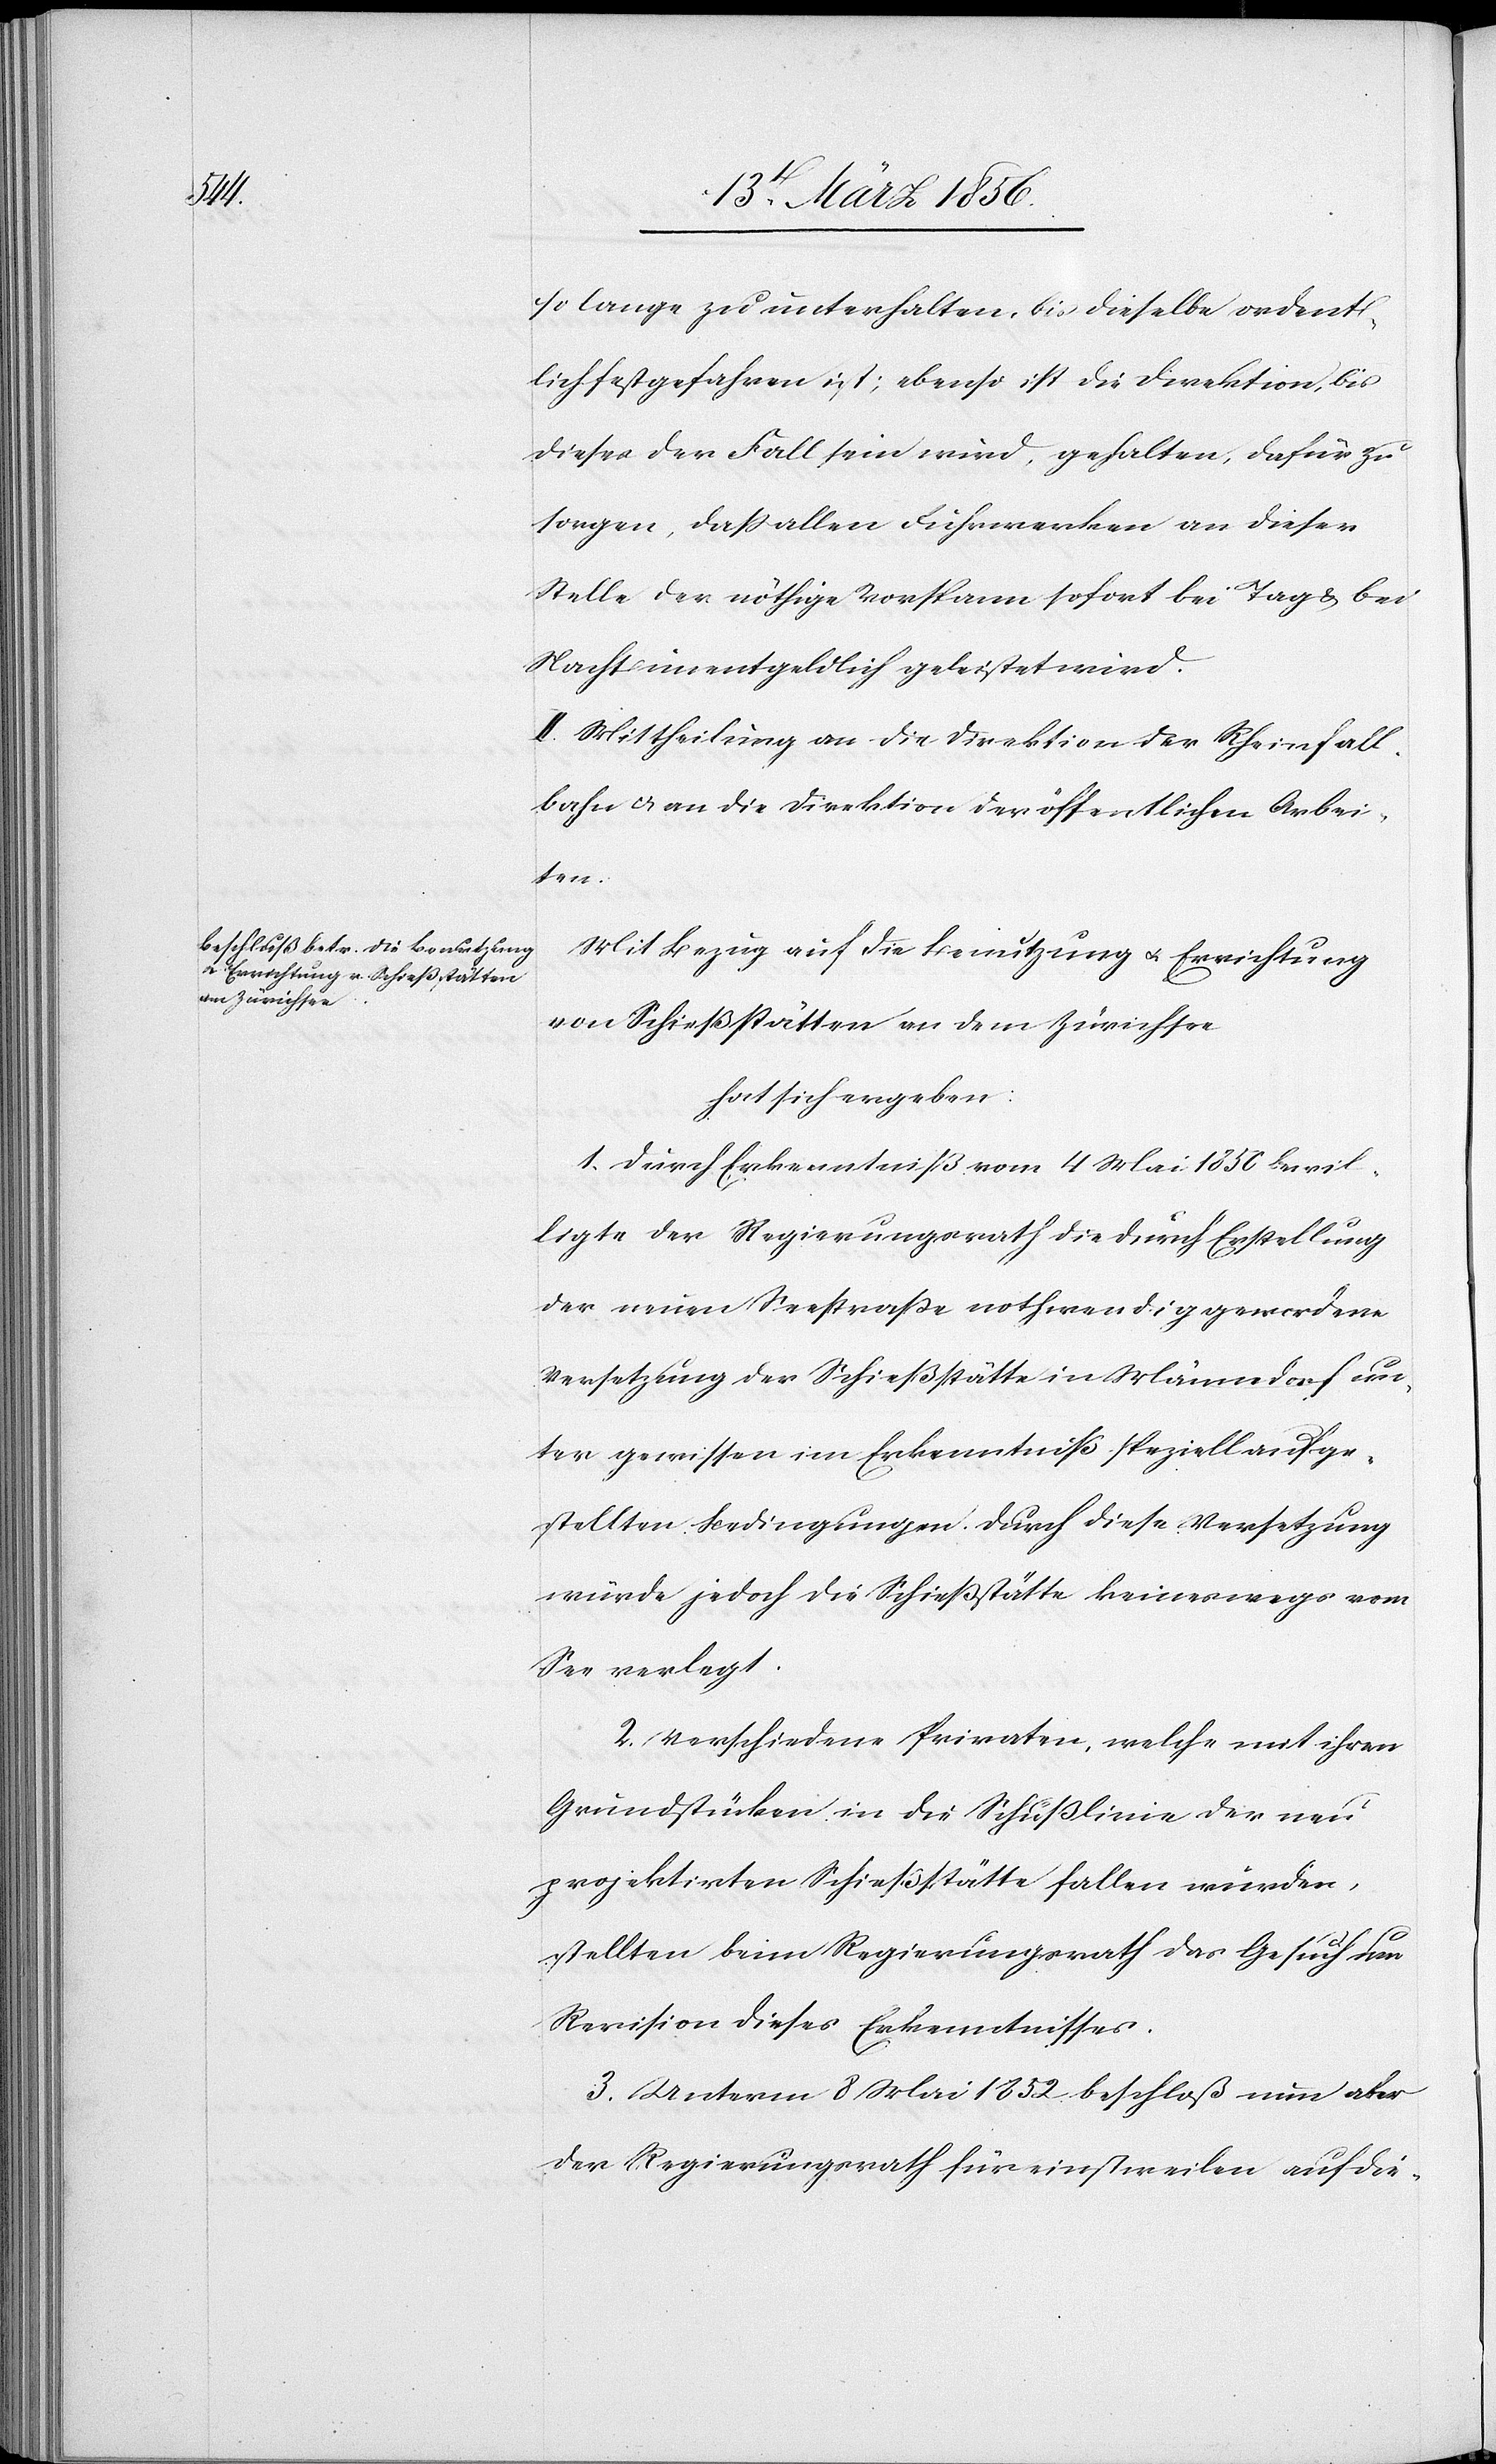
so lange zu unterhalten, bis dieselbe ordent¬
lich festgefahren ist; ebenso ist die Direktion, bis
dieses der Fall sein wird, gehalten, dafür zu
sorgen, daß allen Fuhrwerken an dieser
Stelle der nöthige Vorspann sofort bei Tag & bei
Nacht unentgeldlich geleistet wird.
II. Mittheilung an die Direktion der Rheinfall¬
bahn u. an die Direktion der öffentlichen Arbei¬
ten.
Mit Bezug auf die Benutzung e. Errichtung
von Schießstätten an dem Zürichsee
hat sich ergeben:
1. Durch Erkenntniß vom 4 Mai 1850 bewil¬
ligte der Regierungsrath die durch Erstellung
der neuen Seestraße nothwendig gewordene
Versetzung der Schießstätte in Männedorf un¬
ter gewissen im Erkenntniß speziell aufge¬
stellten Bedingungen. Durch diese Versetzung
würde jedoch die Schießstätte keineswegs vom
See verlegt.
2. Verschiedene Privaten, welche mit ihren
Grundstücken in die Schußlinie der neu
projektirten Schießstätte fallen würden,
stellten beim Regierungsrath das Gesuch um
Revision dieses Erkenntnisses.
3. Unterm 8 Mai 1852 beschloß nun aber
der Regierungsrath für einstweilen auf die-